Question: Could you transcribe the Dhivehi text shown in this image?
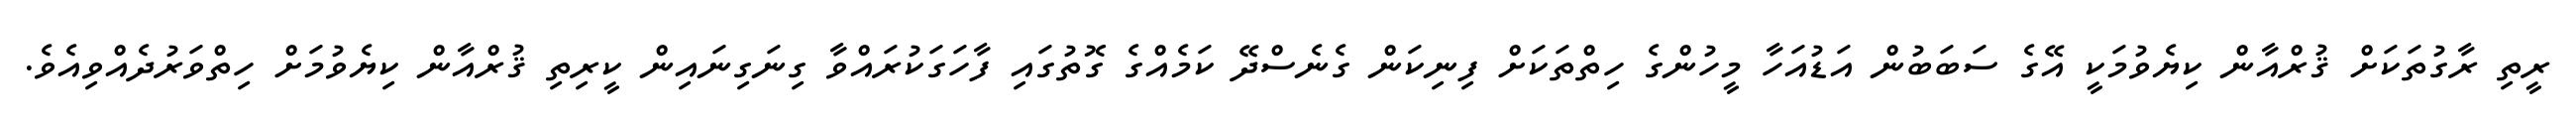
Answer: ރީތި ރާގުތަކަށް ޤުރްއާން ކިޔެވުމަކީ އޭގެ ސަބަބުން އަޑުއަހާ މީހުންގެ ހިތްތަކަށް ފިނިކަން ގެނެސްދޭ ކަމެއްގެ ގޮތުގައި ފާހަގަކުރައްވާ ގިނަގިނައިން ކީރިތި ޤުރްއާން ކިޔެވުމަށް ހިތްވަރުދެއްވިއެވެ.